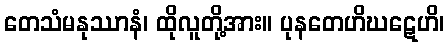
တေသံမနုဿာနံ၊ ထိုလူတို့အား။ ပုနတေဟိဃဋေဟိ၊